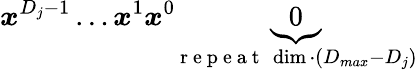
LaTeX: \boldsymbol{x}^{D_{j}-1}\ldots\boldsymbol{x}^{1}\boldsymbol{x}^{0}\underbrace{0}_{\mathrm{~r~e~p~e~a~t~}\ \dim\cdot(D_{max}-D_{j})}